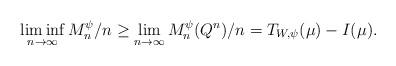
LaTeX: \begin{align*}\liminf_{n\to\infty}M_n^{\psi} / n \ge \lim_{n\to\infty}M_n^{\psi}(Q^n) / n = T_{W,\psi}(\mu) - I(\mu).\end{align*}